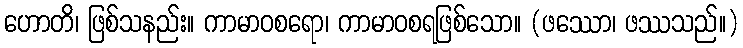
ဟောတိ၊ ဖြစ်သနည်း။ ကာမာဝစရော၊ ကာမာဝစရဖြစ်သော။ (ဖဿော၊ ဖဿသည်။)